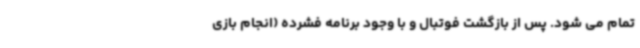
تمام می شود. پس از بازگشت فوتبال و با وجود برنامه فشرده (انجام بازی